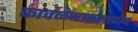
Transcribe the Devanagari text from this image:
कावळ्याप्रमाणेच